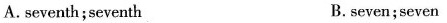
A.seventh;seventh B. seven;seven